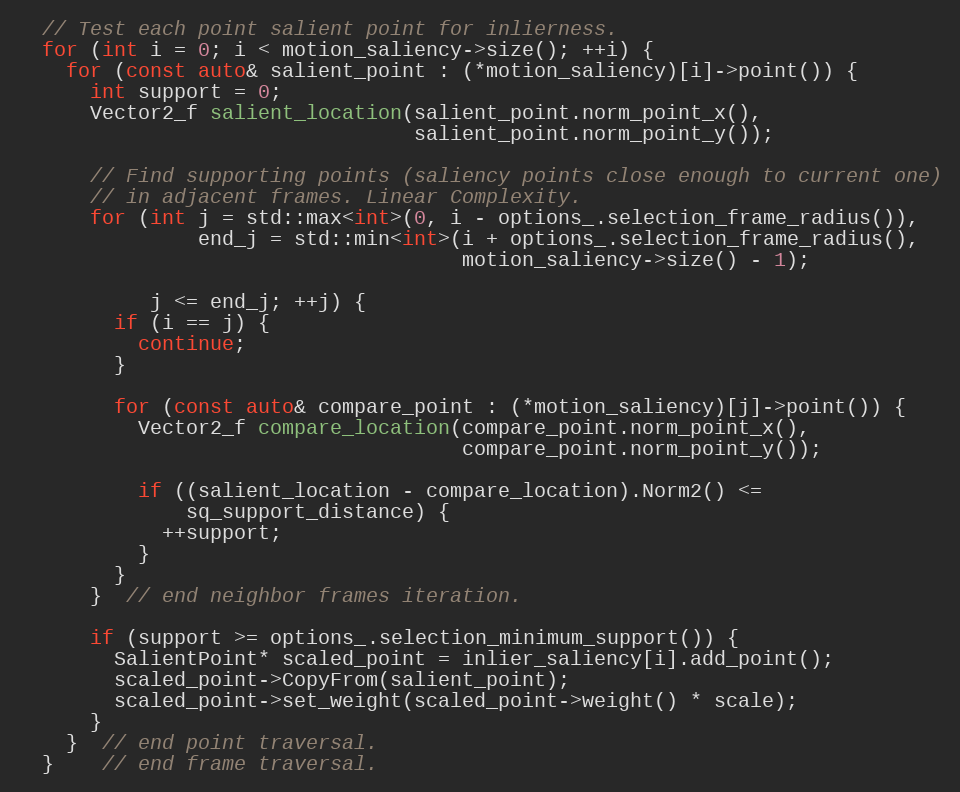
Language: C++
  // Test each point salient point for inlierness.
  for (int i = 0; i < motion_saliency->size(); ++i) {
    for (const auto& salient_point : (*motion_saliency)[i]->point()) {
      int support = 0;
      Vector2_f salient_location(salient_point.norm_point_x(),
                                 salient_point.norm_point_y());

      // Find supporting points (saliency points close enough to current one)
      // in adjacent frames. Linear Complexity.
      for (int j = std::max<int>(0, i - options_.selection_frame_radius()),
               end_j = std::min<int>(i + options_.selection_frame_radius(),
                                     motion_saliency->size() - 1);

           j <= end_j; ++j) {
        if (i == j) {
          continue;
        }

        for (const auto& compare_point : (*motion_saliency)[j]->point()) {
          Vector2_f compare_location(compare_point.norm_point_x(),
                                     compare_point.norm_point_y());

          if ((salient_location - compare_location).Norm2() <=
              sq_support_distance) {
            ++support;
          }
        }
      }  // end neighbor frames iteration.

      if (support >= options_.selection_minimum_support()) {
        SalientPoint* scaled_point = inlier_saliency[i].add_point();
        scaled_point->CopyFrom(salient_point);
        scaled_point->set_weight(scaled_point->weight() * scale);
      }
    }  // end point traversal.
  }    // end frame traversal.